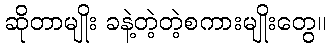
ဆိုတာမျိုး ခနဲ့တဲ့တဲ့စကားမျိုးတွေ။